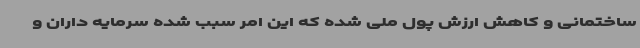
ساختمانی و کاهش ارزش پول ملی شده که این امر سبب شده سرمایه داران و